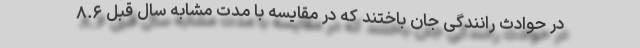
در حوادث رانندگی جان باختند که در مقایسه با مدت مشابه سال قبل ۸.۶